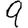
Digit: 9